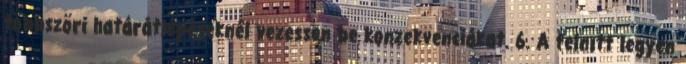
többszöri határátlépéseknél vezessen be konzekvenciákat. 6. A felnıtt legyen